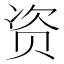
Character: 资